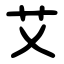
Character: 艾